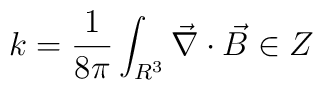
k=\frac{1}{8\pi}\int_{R^{3}} \vec{\nabla}\cdot  \vec{B} \in Z